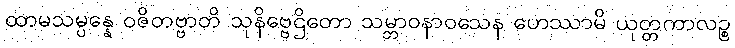
ထာမသမ္ပန္နေ ဝဇိတဗ္ဗာတိ သုနိဗ္ဗေဌိတော သမ္ဘာဝနာဝသေန ဟေဿာမိ ယုတ္တကာလဉ္စ